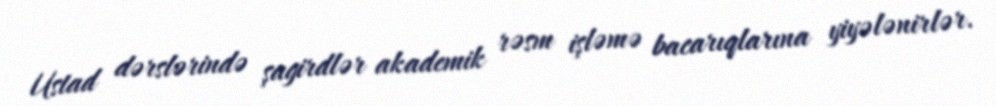
Ustad dərslərində şagirdlər akademik rəsm işləmə bacarıqlarına yiyələnirlər.